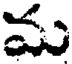
మ